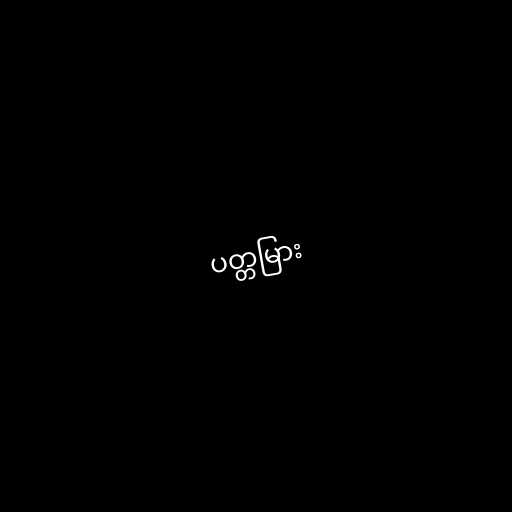
ပတ္တမြား